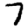
Digit: 7